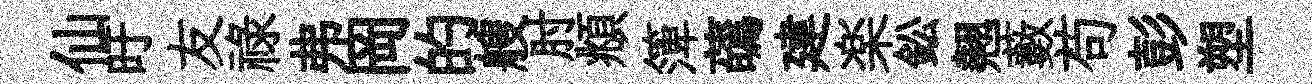
仙旴友禄弗岡的艘肘頫𥱼蘤建楽鈆翹藪苟彭塑